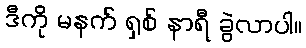
ဒီကို မနက် ရှစ် နာရီ ခွဲလာပါ။